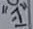
Text: "-1"